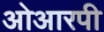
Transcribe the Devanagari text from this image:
ओआरपी